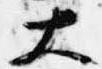
大